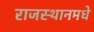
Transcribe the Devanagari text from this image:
राजस्थानमधे